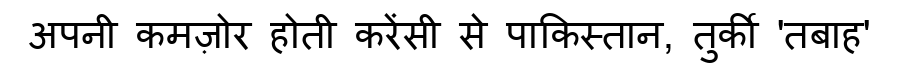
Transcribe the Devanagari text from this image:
अपनी कमज़ोर होती करेंसी से पाकिस्तान, तुर्की 'तबाह'